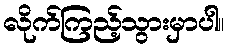
လိုက်ကြည့်သွားမှာပါ။